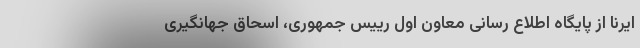
ایرنا از پایگاه اطلاع رسانی معاون اول رییس جمهوری، اسحاق جهانگیری